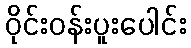
ဝိုင်းဝန်းပူးပေါင်း